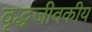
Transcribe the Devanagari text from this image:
वृद्धजीवकीय